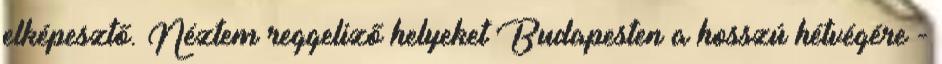
elképesztő. Néztem reggeliző helyeket Budapesten a hosszú hétvégére -